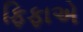
ફિફાએ